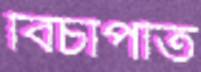
বিচাপতি